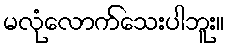
မလုံလောက်သေးပါဘူး။